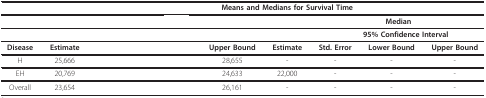
<table><thead><tr><td>[EMPTY_CELL]</td><td>[EMPTY_CELL]</td><td colspan="7"><b>Means and Medians for Survival Time</b></td></tr></thead><tbody><tr><td>[EMPTY_CELL]</td><td>[EMPTY_CELL]</td><td colspan="3">[EMPTY_CELL]</td><td>[EMPTY_CELL]</td><td colspan="3"><b>Median</b></td></tr><tr><td>[EMPTY_CELL]</td><td>[EMPTY_CELL]</td><td>[EMPTY_CELL]</td><td colspan="2">[EMPTY_CELL]</td><td>[EMPTY_CELL]</td><td>[EMPTY_CELL]</td><td colspan="2"><b>95% Confidence Interval</b></td></tr><tr><td><b>Disease</b></td><td><b>Estimate</b></td><td>[EMPTY_CELL]</td><td>[EMPTY_CELL]</td><td><b>Upper Bound</b></td><td><b>Estimate</b></td><td><b>Std. Error</b></td><td><b>Lower Bound</b></td><td><b>Upper Bound</b></td></tr><tr><td>H</td><td>25,666</td><td>[EMPTY_CELL]</td><td>[EMPTY_CELL]</td><td>28,655</td><td>-</td><td>-</td><td>-</td><td>-</td></tr><tr><td>EH</td><td>20,769</td><td>[EMPTY_CELL]</td><td>[EMPTY_CELL]</td><td>24,633</td><td>22,000</td><td>-</td><td>-</td><td>-</td></tr><tr><td>Overall</td><td>23,654</td><td>[EMPTY_CELL]</td><td>[EMPTY_CELL]</td><td>26,161</td><td>-</td><td>-</td><td>-</td><td>-</td></tr></tbody></table>